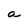
Character: a